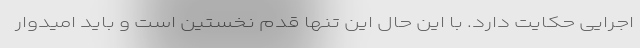
اجرایی حکایت دارد. با این حال این تنها قدم نخستین است و باید امیدوار